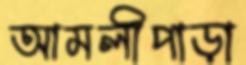
আমলীপাড়া